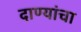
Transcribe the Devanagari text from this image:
दाण्यांचा